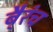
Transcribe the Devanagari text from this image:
बै्रंच